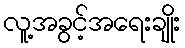
လူ့အခွင့်အရေးချိုး